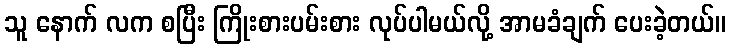
သူ နောက် လက စပြီး ကြိုးစားပမ်းစား လုပ်ပါမယ်လို့ အာမခံချက် ပေးခဲ့တယ်။